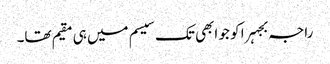
راجہ بجہرا کو جو ابھی تک سیسم میں ہی مقیم تھا۔